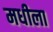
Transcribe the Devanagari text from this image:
मधीला